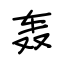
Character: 轰